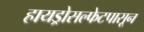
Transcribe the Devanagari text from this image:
हायड्रोसल्फेटपासून